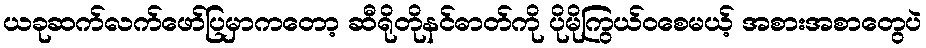
ယခုဆက်လက်ဖော်ပြမှာကတော့ ဆီရိုတိုနင်ဓာတ်ကို ပိုမိုကြွယ်ဝစေမယ့် အစားအစာတွေပဲ